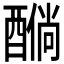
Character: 𲆸